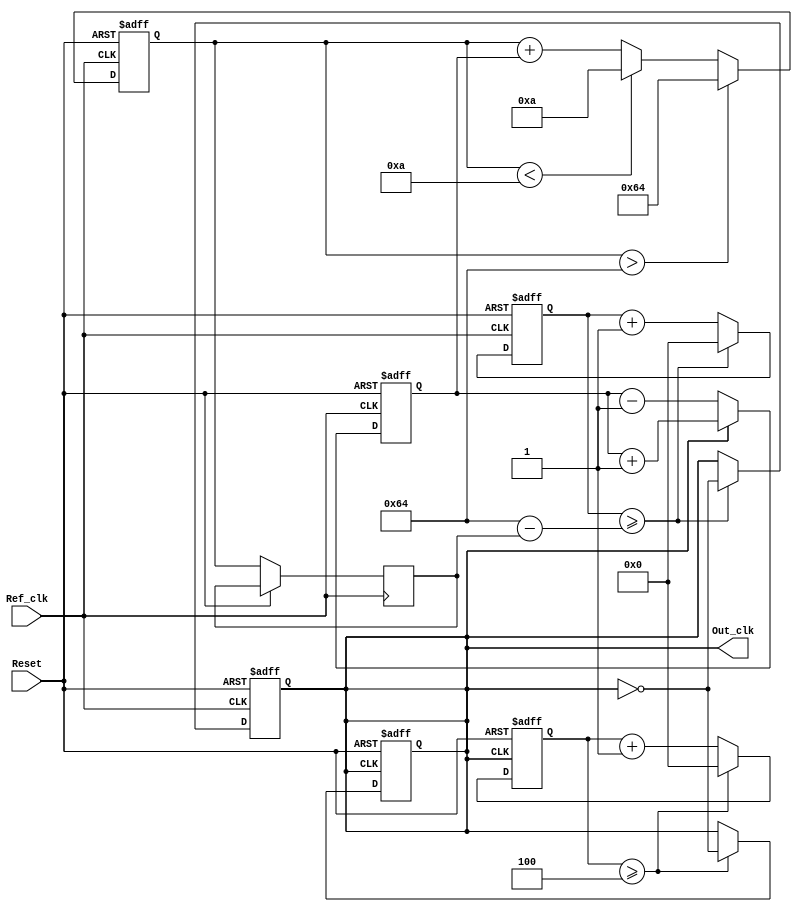
module PLL (
    input wire Ref_clk,          // Reference clock input
    input wire Reset,            // Reset signal
    output reg Out_clk           // Output clock
);

// Parameters
parameter DIV_FACTOR = 4;      // Division factor for the output clock
parameter VCO_MAX_FREQ = 100;  // Maximum frequency for VCO
parameter VCO_MIN_FREQ = 10;   // Minimum frequency for VCO

// Internal signals
reg [31:0] phase_err;           // Phase error signal
reg [31:0] control_voltage;      // Control voltage for VCO
reg [31:0] vco_counter;          // VCO counter
reg [31:0] vco_freq;             // VCO frequency
reg [31:0] output_div_counter;   // Divider counter

// Phase Detector (PD)
always @(posedge Ref_clk or posedge Reset) begin
    if (Reset) begin
        phase_err <= 0;
    end else begin
        // Simple phase comparison (1-bit phase detector)
        if (Out_clk) begin
            phase_err <= phase_err + 1; // Out_clk is leading
        end else begin
            phase_err <= phase_err - 1; // Out_clk is lagging
        end
    end
end

// Loop Filter (First-order)
always @(posedge Ref_clk or posedge Reset) begin
    if (Reset) begin
        control_voltage <= 0;
    end else begin
        // Simple integrator for control voltage adjustment
        control_voltage <= control_voltage + phase_err;
        // Clamp control voltage to VCO frequency range
        if (control_voltage > VCO_MAX_FREQ) begin
            control_voltage <= VCO_MAX_FREQ;
        end else if (control_voltage < VCO_MIN_FREQ) begin
            control_voltage <= VCO_MIN_FREQ;
        end
    end
end

// Voltage-Controlled Oscillator (VCO)
always @(posedge Ref_clk or posedge Reset) begin
    if (Reset) begin
        vco_counter <= 0;
        Out_clk <= 0;
    end else begin
        // Update VCO frequency based on control voltage
        vco_freq <= control_voltage; // Control voltage directly sets frequency
        vco_counter <= vco_counter + 1;

        // Generate Out_clk based on VCO frequency
        if (vco_counter >= (100 - vco_freq)) begin // Adjust for frequency
            Out_clk <= ~Out_clk; // Toggle output clock
            vco_counter <= 0; // Reset counter
        end
    end
end

// Output Divider (optional)
always @(posedge Out_clk or posedge Reset) begin
    if (Reset) begin
        output_div_counter <= 0;
        Out_clk <= 0;
    end else begin
        output_div_counter <= output_div_counter + 1;
        if (output_div_counter >= DIV_FACTOR) begin
            Out_clk <= ~Out_clk; // Toggle output clock
            output_div_counter <= 0; // Reset counter
        end
    end
end

endmodule